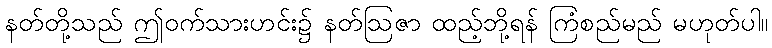
နတ်တို့သည် ဤဝက်သားဟင်း၌ နတ်ဩဇာ ထည့်ဘို့ရန် ကြံစည်မည် မဟုတ်ပါ။